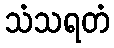
သံသရတံ